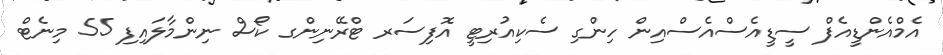
އެމްއެންޑީއެފް ސީޑީއެސްއެސްއިން ހިންގި ސެކިއުރިޓީ އޮފިސަރ ޓްރޭނިންގ ކޯސް ނިންމާލައިފި 55 މިނެޓް